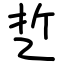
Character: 乴